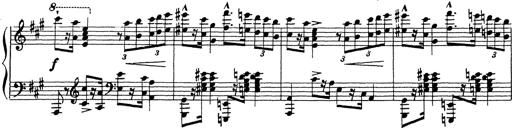
Title: Ballade No.1
Composer: Richard St. Clair